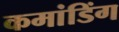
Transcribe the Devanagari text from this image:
कमांडिंग